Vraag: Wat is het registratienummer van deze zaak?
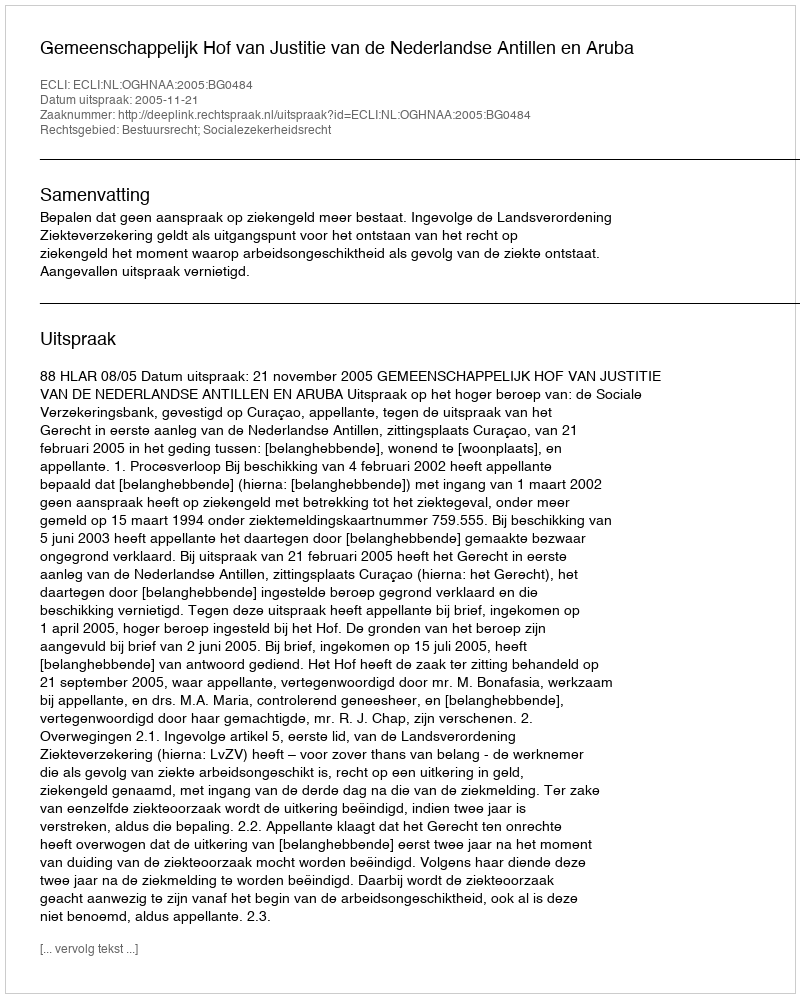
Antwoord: http://deeplink.rechtspraak.nl/uitspraak?id=ECLI:NL:OGHNAA:2005:BG0484